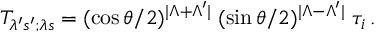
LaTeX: T _ { \lambda ^ { \prime } s ^ { \prime } ; \lambda s } = ( \cos \theta / 2 ) ^ { | \Lambda + \Lambda ^ { \prime } | } \; ( \sin \theta / 2 ) ^ { | \Lambda - \Lambda ^ { \prime } | } \; \tau _ { i } \, .